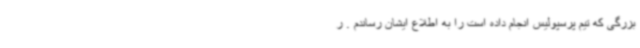
بزرگی که تیم پرسپولیس انجام داده است را به اطلاع ایشان رساندم . ر